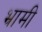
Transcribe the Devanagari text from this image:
भ्रामी